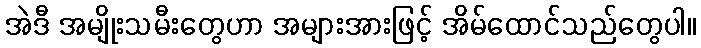
အဲဒီ အမျိုးသမီးတွေဟာ အများအားဖြင့် အိမ်ထောင်သည်တွေပါ။